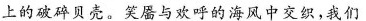
上的破碎贝壳。笑魇与欢呼的海风中交织，我们